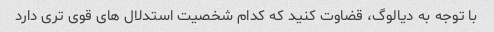
با توجه به دیالوگ، قضاوت کنید که کدام شخصیت استدلال های قوی تری دارد